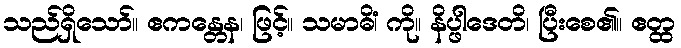
သည်ရှိသော်။ ဧကန္တေန၊ ဖြင့်။ သမာဓိံ၊ ကို။ နိပ္ဖါဒေတိ၊ ပြီးစေ၏။ ဧတ္ထ